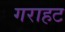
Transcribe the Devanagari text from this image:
गराहट